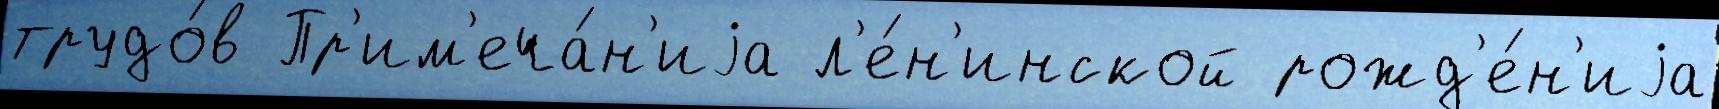
трудо́в Пр'им'еча́н'иjа л'е́н'инской рожд'е́н'иjа